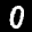
Label: 0